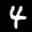
Label: 4